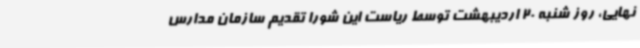
نهایی، روز شنبه 20 اردیبهشت توسط ریاست این شورا تقدیم سازمان مدارس